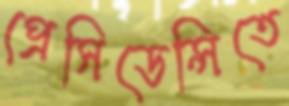
প্রেসিডেন্সিতে